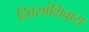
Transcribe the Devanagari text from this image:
दिवसांशिवाय